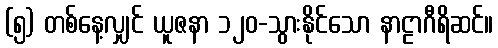
(၅) တစ်နေ့လျှင် ယူဇနာ ၁၂၀-သွားနိုင်သော နာဠာဂီရိဆင်။